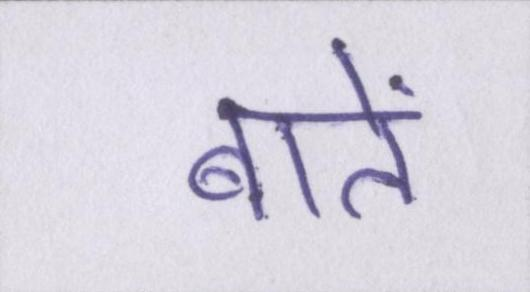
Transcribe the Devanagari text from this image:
बातें